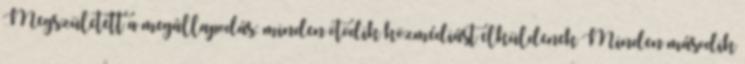
Megszületett a megállapodás: minden ötödik közmédiást elküldenek Minden második